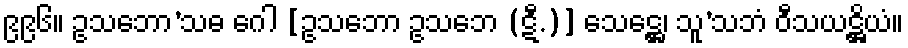
၉၉၆။ ဥသဘော’သဓ ဂေါ [ဥသဘော ဥသဘေ (ဋီ.)] သေဋ္ဌေ၊ သူ’သဘံ ဝီသယဋ္ဌိယံ။